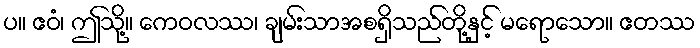
ပ။ ဧဝံ၊ ဤသို့။ ကေဝလဿ၊ ချမ်းသာအစရှိသည်တို့နှင့် မရောသော။ ဧတဿ